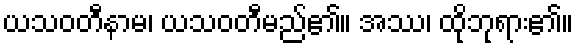
ယသဝတီနာမ၊ ယသဝတီမည်၏။ အဿ၊ ထိုဘုရား၏။